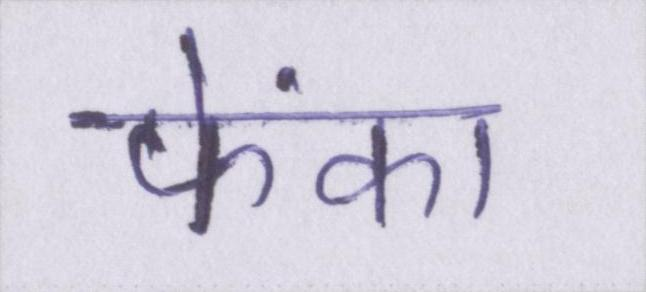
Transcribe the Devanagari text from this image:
फेंका